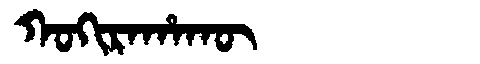
Manchu: ᡴᠣᡴᡳᡵᠠᡥᠠᡴᡡ
Romanization: KOKIRAHAKŪ